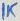
Text: 1K